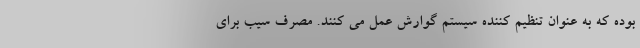
بوده که به عنوان تنظیم کننده سیستم گوارش عمل می کنند. مصرف سیب برای